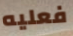
فعليه